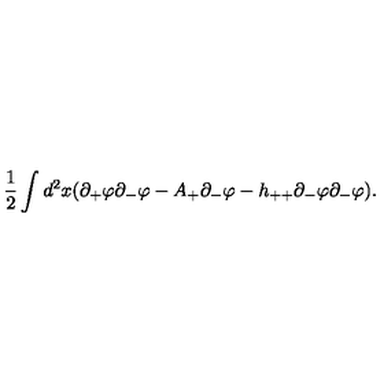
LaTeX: \frac { 1 } { 2 } \int d ^ { 2 } x ( \partial _ { + } \varphi \partial _ { - } \varphi - A _ { + } \partial _ { - } \varphi - h _ { + + } \partial _ { - } \varphi \partial _ { - } \varphi ) .